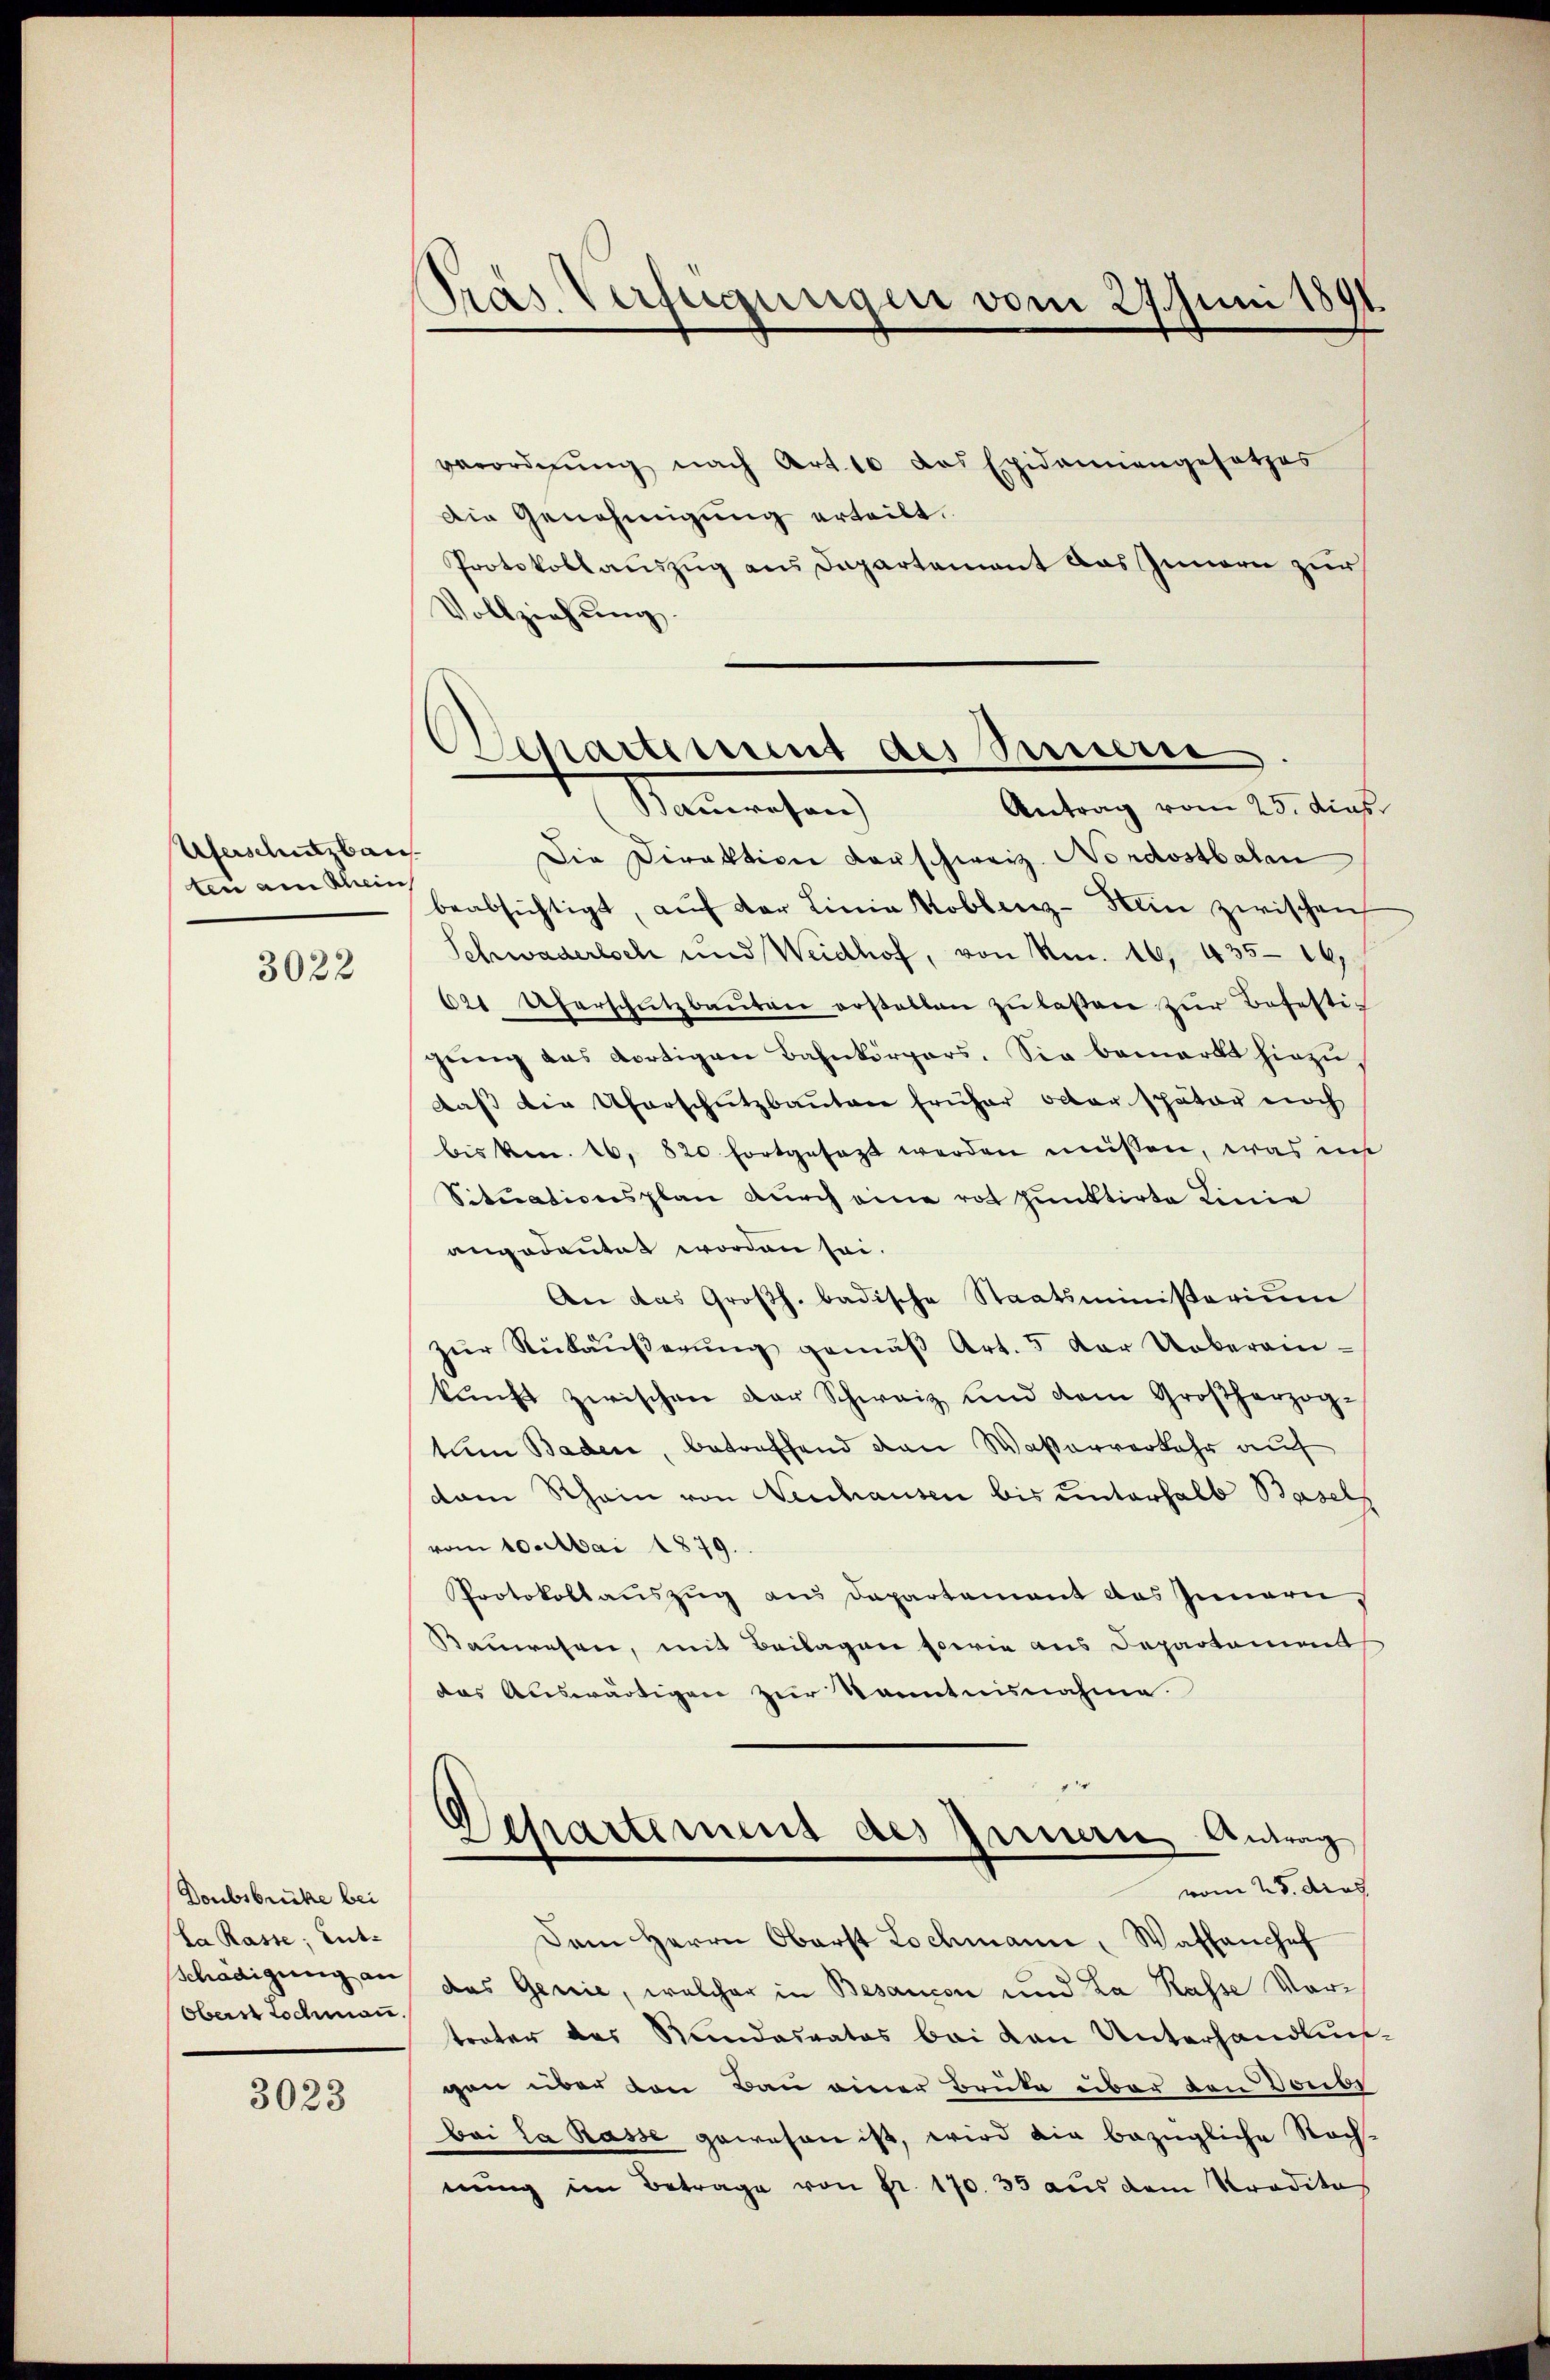
Uferschutzbau
ten am Sin

3022

Doubsbrücke bei
La Rasse; Entschädigung an
Obers Jochmann.

3023

Präs. Verfügungen vom 27. Juni 1891

verordnŭng nach Art. 10 das Epidemiengesetzes
Die Genehmigung erteilt.
Protokollauszug aus Departement das Innern zur
Vollziehung.

Departement des Sauerst
Antrag vom 25. dies

Stammweisen
Die Direktion vorschweiz. Nordostbalen
beabsichtigt, aŭf der Linia Koblenz-Sein zwischen
Schwaderloch und Weidhof, von Am. 16, 435. 16,
621 Uferschützbaŭten erstatten zŭ lassen zŭr Befestigŭng das dortigen Bahnkörpers. Sie bemerkt hiezu,
daß die Uferschutzbautare früher octor später noch
bis kn. 16. 820 fortgesezt werden müssen, was in
Situationsplan durch eine rot punktirte Linie
angedeutet worden sei.
An das Großh. badische Staatsministerium
zŭr Nŭbäŭβerŭng gemäβ Art. 5 der Ueberein-
kŭnft zwischen der Schweiz und dem Großherzogtum Baden, betreffend den Wasserverkehr auf
dam Rhein von Neuhausen bis unterhalb Basels
vom 10. Mai 1879.
Protokollauszug aus Departement das Innern,
Bauwesen, mit Beilagen sowie aus Departament
das Auswärtigen zur Kenntnisnahme.
Separtement des Innern Antrag
vom 25. dies
Dem Herrn Oberst Lochmann, Wassanchef
das Gerie, welcher in Besaucon und La Kasse Vortrater des Rundesrates bei den Unterhandlungen über den Bau einer Brüke über den Doube
bai la Rasse gewesen ist, wird die bezügliche Nachnung im Betrage von Fr. 170. 33 aus dem Traditas